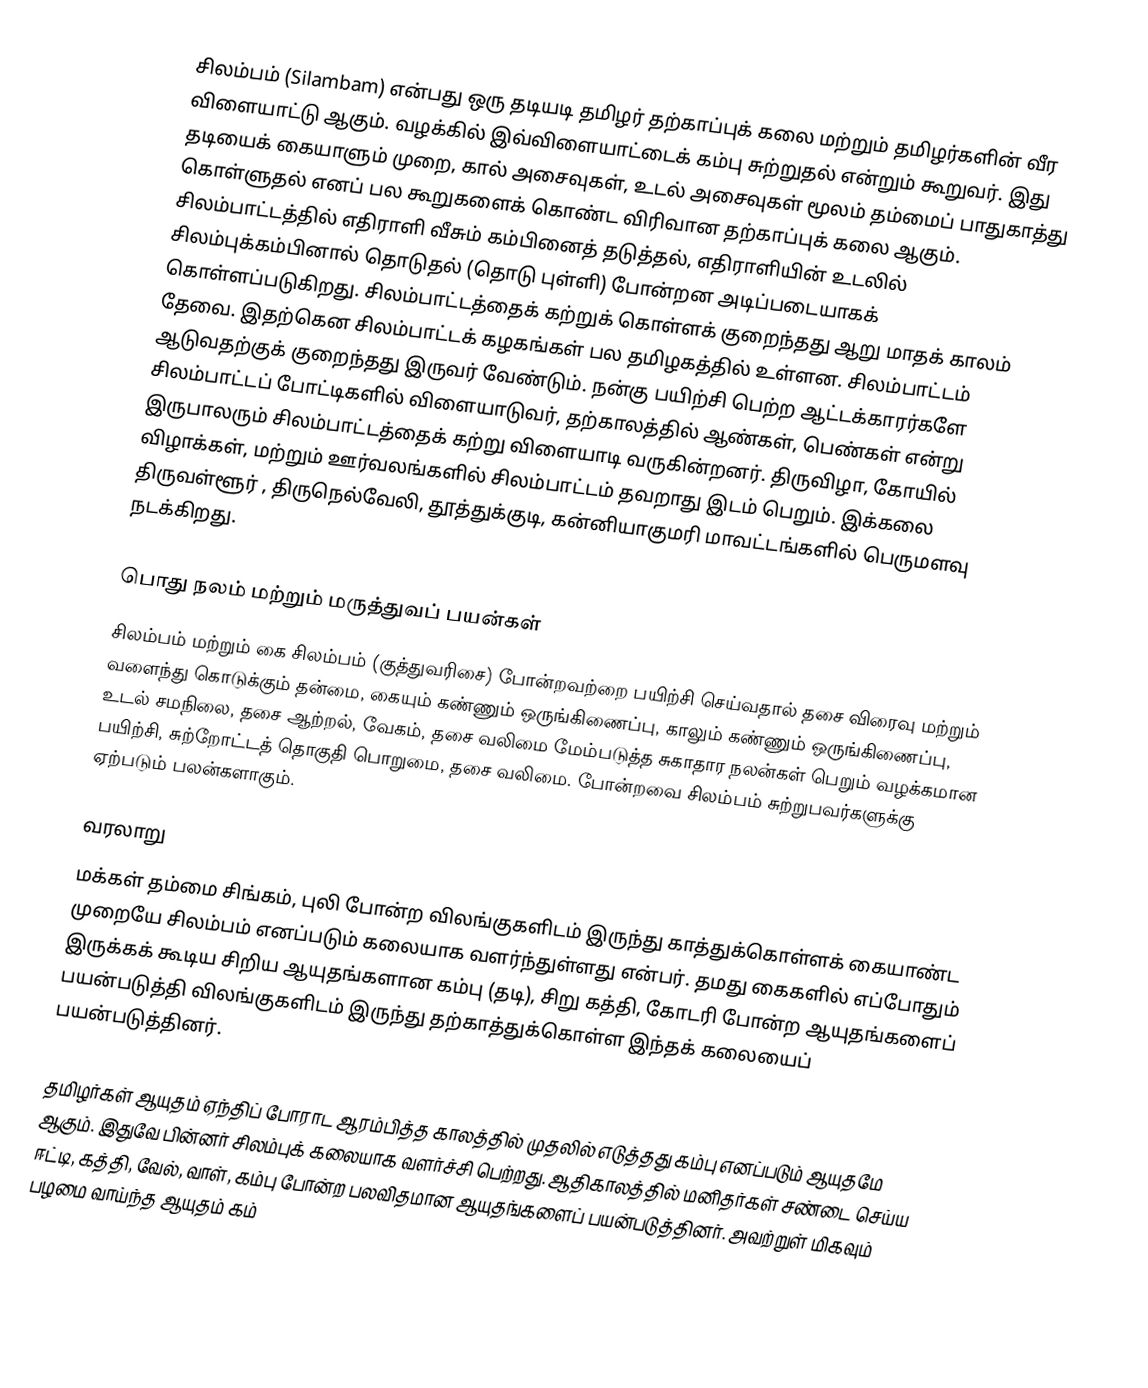
சிலம்பம் (Silambam) என்பது ஒரு தடியடி தமிழர் தற்காப்புக் கலை மற்றும் தமிழர்களின் வீர விளையாட்டு ஆகும். வழக்கில் இவ்விளையாட்டைக் கம்பு சுற்றுதல் என்றும் கூறுவர். இது தடியைக் கையாளும் முறை, கால் அசைவுகள், உடல் அசைவுகள் மூலம் தம்மைப் பாதுகாத்து கொள்ளுதல் எனப் பல கூறுகளைக் கொண்ட விரிவான தற்காப்புக் கலை ஆகும். சிலம்பாட்டத்தில் எதிராளி வீசும் கம்பினைத் தடுத்தல், எதிராளியின் உடலில் சிலம்புக்கம்பினால் தொடுதல் (தொடு புள்ளி) போன்றன அடிப்படையாகக் கொள்ளப்படுகிறது. சிலம்பாட்டத்தைக் கற்றுக் கொள்ளக் குறைந்தது ஆறு மாதக் காலம் தேவை. இதற்கென சிலம்பாட்டக் கழகங்கள் பல தமிழகத்தில் உள்ளன. சிலம்பாட்டம் ஆடுவதற்குக் குறைந்தது இருவர் வேண்டும். நன்கு பயிற்சி பெற்ற ஆட்டக்காரர்களே சிலம்பாட்டப் போட்டிகளில் விளையாடுவர், தற்காலத்தில் ஆண்கள், பெண்கள் என்று இருபாலரும் சிலம்பாட்டத்தைக் கற்று விளையாடி வருகின்றனர். திருவிழா, கோயில் விழாக்கள், மற்றும் ஊர்வலங்களில் சிலம்பாட்டம் தவறாது இடம் பெறும். இக்கலை திருவள்ளூர் , திருநெல்வேலி, தூத்துக்குடி, கன்னியாகுமரி மாவட்டங்களில் பெருமளவு நடக்கிறது.

பொது நலம் மற்றும் மருத்துவப் பயன்கள்
சிலம்பம் மற்றும் கை சிலம்பம் (குத்துவரிசை) போன்றவற்றை பயிற்சி செய்வதால் தசை விரைவு மற்றும் வளைந்து கொடுக்கும் தன்மை, கையும் கண்ணும் ஒருங்கிணைப்பு, காலும் கண்ணும் ஒருங்கிணைப்பு, உடல் சமநிலை, தசை ஆற்றல், வேகம், தசை வலிமை மேம்படுத்த சுகாதார நலன்கள் பெறும் வழக்கமான பயிற்சி, சுற்றோட்டத் தொகுதி பொறுமை, தசை வலிமை. போன்றவை சிலம்பம் சுற்றுபவர்களுக்கு ஏற்படும் பலன்களாகும்.

வரலாறு
மக்கள் தம்மை சிங்கம், புலி போன்ற விலங்குகளிடம் இருந்து காத்துக்கொள்ளக் கையாண்ட முறையே சிலம்பம் எனப்படும் கலையாக வளர்ந்துள்ளது என்பர். தமது கைகளில் எப்போதும் இருக்கக் கூடிய சிறிய ஆயுதங்களான கம்பு (தடி), சிறு கத்தி, கோடரி போன்ற ஆயுதங்களைப் பயன்படுத்தி விலங்குகளிடம் இருந்து தற்காத்துக்கொள்ள இந்தக் கலையைப் பயன்படுத்தினர்.

தமிழர்கள் ஆயுதம் ஏந்திப் போராட ஆரம்பித்த காலத்தில் முதலில் எடுத்தது கம்பு எனப்படும் ஆயுதமே ஆகும். இதுவே பின்னர் சிலம்புக் கலையாக வளர்ச்சி பெற்றது. ஆதிகாலத்தில் மனிதர்கள் சண்டை செய்ய ஈட்டி, கத்தி, வேல், வாள், கம்பு போன்ற பலவிதமான ஆயுதங்களைப் பயன்படுத்தினர். அவற்றுள் மிகவும் பழமை வாய்ந்த ஆயுதம் கம்